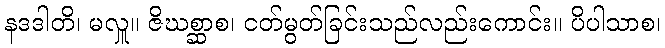
နဒဒါတိ၊ မလှူ။ ဇိဃစ္ဆာစ၊ ငတ်မွတ်ခြင်းသည်လည်းကောင်း။ ပိပါသာစ၊